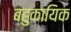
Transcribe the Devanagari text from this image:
बहुकायिक